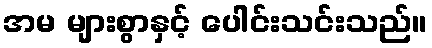
အမ များစွာနှင့် ပေါင်းသင်းသည်။